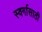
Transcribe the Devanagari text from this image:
स्वर्गासाठी